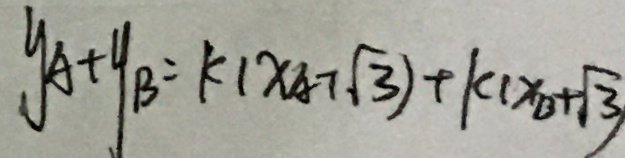
y _ { A } + y _ { B } = k ( x _ { A } + \sqrt { 3 } ) + k ( x _ { B } + \sqrt { 3 } )